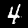
Digit: 4